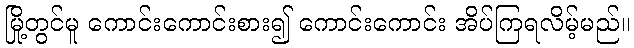
မြို့တွင်မူ ကောင်းကောင်းစား၍ ကောင်းကောင်း အိပ်ကြရလိမ့်မည်။